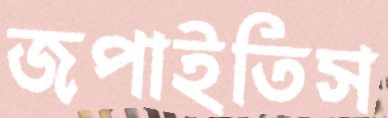
জপাইতিস